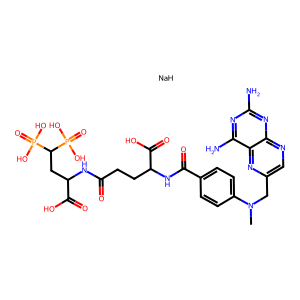
SMILES: CN(Cc1cnc2nc(N)nc(N)c2n1)c1ccc(C(=O)NC(CCC(=O)NC(CC(P(=O)(O)O)P(=O)(O)O)C(=O)O)C(=O)O)cc1.[NaH]
Inhibits HIV replication: No